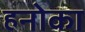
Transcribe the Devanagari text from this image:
हनोका